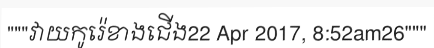
"""វាយកូរ៉េខាងជើង22 Apr 2017, 8:52am26"""